Scottish Leaving Certificate Examination, 1956
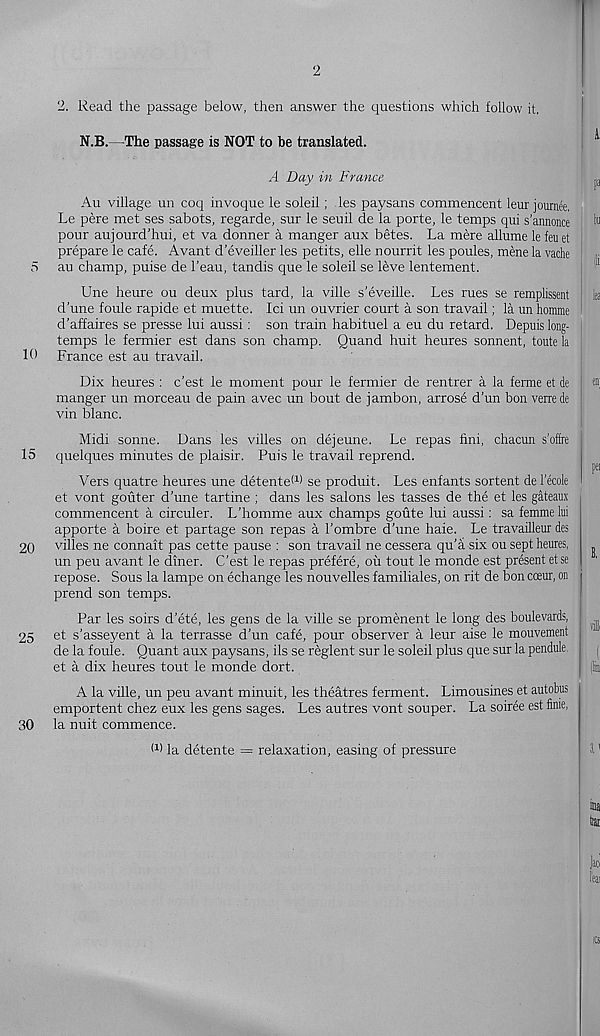
5
10
15
20
25
30
2
2. Read the passage below, then answer the questions which follow it.
N.B.—The passage is NOT to be translated.
A Day in France
Au village un coq invoque le soleil; les paysans commencent leur journee,
Le pere met ses sabots, regarde, sur le seuil de la porte, le temps qui s’annonce
pour aujourd’hui, et va donner a manger aux betes. La mere allume le feu et
prepare le cafe. Avant d’eveiller les petits, elle nourrit les poules, mene la vache
au champ, puise de 1’eau, tandis que le soleil se leve lentement.
Une heure ou deux plus tard, la ville s’eveille. Les rues se remplissent
d'une foule rapide et muette. Id un ouvrier court a son travail; la un homme
d’affaires se presse lui aussi: son train habituel a eu du retard. Depuis long-
temps le fermier est dans son champ. Quand huit heures sonnent, toute la
France est au travail.
Dix heures : c’est le moment pour le fermier de rentrer a la ferme et de
manger un morceau de pain avec un bout de jambon, arrose d’un bon verrede
vin blanc.
Midi sonne. Dans les villes on dejeune. Le repas fini, chacun s’offre
quelques minutes de plaisir. Puis le travail reprend.
Vers quatre heures une detente* 1 ) se produit. Les enfants sortent de 1’ecole
et vont gouter d’une tartine ; dans les salons les tasses de the et les gateaux
cpmmencent a circuler. L’homme aux champs goute lui aussi: sa femme lui
apporte a boire et partage son repas a I’ombre d’une haie. Le travailleur des
villes ne connait pas cette pause : son travail ne cessera qu’a six ou sept heures,
un peu avant le diner. C’est le repas prefere, oil tout le monde est present etse
repose. Sous la lampe on echange les nouvelles familiales, on rit de bon coeur, on
prend son temps.
Par les soirs d’ete, les gens de la ville se promenent le long des boulevards,
et s’asseyent a la terrasse d’un cafe, pour observer a leur aise le mouvement
de la foule. Quant aux paysans, ids se reglent sur le soleil plus que sur la pendule,
et a dix heures tout le monde dort.
A la ville, un peu avant minuit, les theatres ferment. Limousines et autobus
emportent chez eux les gens sages. Les autres vont souper. La soiree est fime,
la nuit commence.
I 1 ) la detente = relaxation, easing of pressure
pa
t i n
|i
en;
pa
B,
rili
(
(lin
ima
liar
]lCi
I’eai
ICi